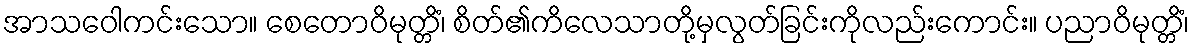
အာသဝေါကင်းသော။ စေတောဝိမုတ္တိံ၊ စိတ်၏ကိလေသာတို့မှလွတ်ခြင်းကိုလည်းကောင်း။ ပညာဝိမုတ္တိံ၊